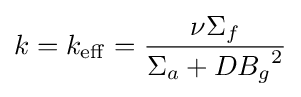
k=k_{\mathrm {eff} }={\frac {\nu \Sigma _{f}}{\Sigma _{a}+D{B_{g}}^{2}}}